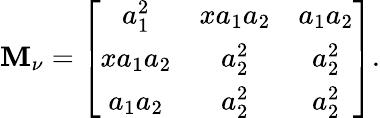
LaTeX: {\cal\mathbf{M}}_{\nu}=\left[\begin{array}{ccc}{{a_{1}^{2}}}&{{xa_{1}a_{2}}}&{{a_{1}a_{2}}}\\ {{xa_{1}a_{2}}}&{{a_{2}^{2}}}&{{a_{2}^{2}}}\\ {{a_{1}a_{2}}}&{{a_{2}^{2}}}&{{a_{2}^{2}}}\end{array}\right].